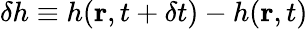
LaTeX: \delta h\equiv h(\mathbf{r},t+\delta t)-h(\mathbf{r},t)